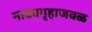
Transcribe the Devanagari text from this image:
नाट्यगृहाजवळ